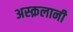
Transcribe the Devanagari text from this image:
अस्क़लानी